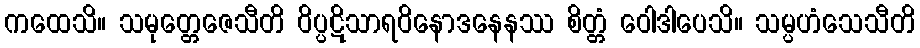
ကထေသိ။ သမုတ္တေဇေသီတိ ဝိပ္ပဋိသာရဝိနောဒနေနဿ စိတ္တံ ဝေါဒါပေသိ။ သမ္ပဟံသေသီတိ